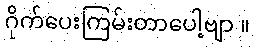
ဂိုက်ပေးကြမ်းတာပေါ့ဗျာ ။